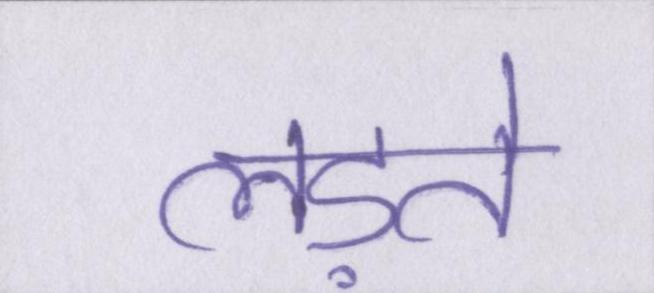
लड़ते